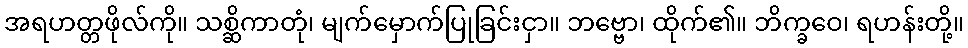
အရဟတ္တဖိုလ်ကို။ သစ္ဆိကာတုံ၊ မျက်မှောက်ပြုခြင်းငှာ။ ဘဗ္ဗော၊ ထိုက်၏။ ဘိက္ခဝေ၊ ရဟန်းတို့။